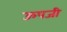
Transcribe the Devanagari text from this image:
ऊपजी